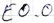
Text: E0.0